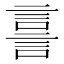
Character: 𧨟